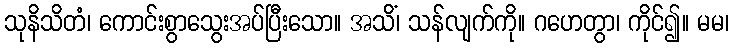
သုနိသိတံ၊ ကောင်းစွာသွေးအပ်ပြီးသော။ အသိံ၊ သန်လျက်ကို။ ဂဟေတွာ၊ ကိုင်၍။ မမ၊